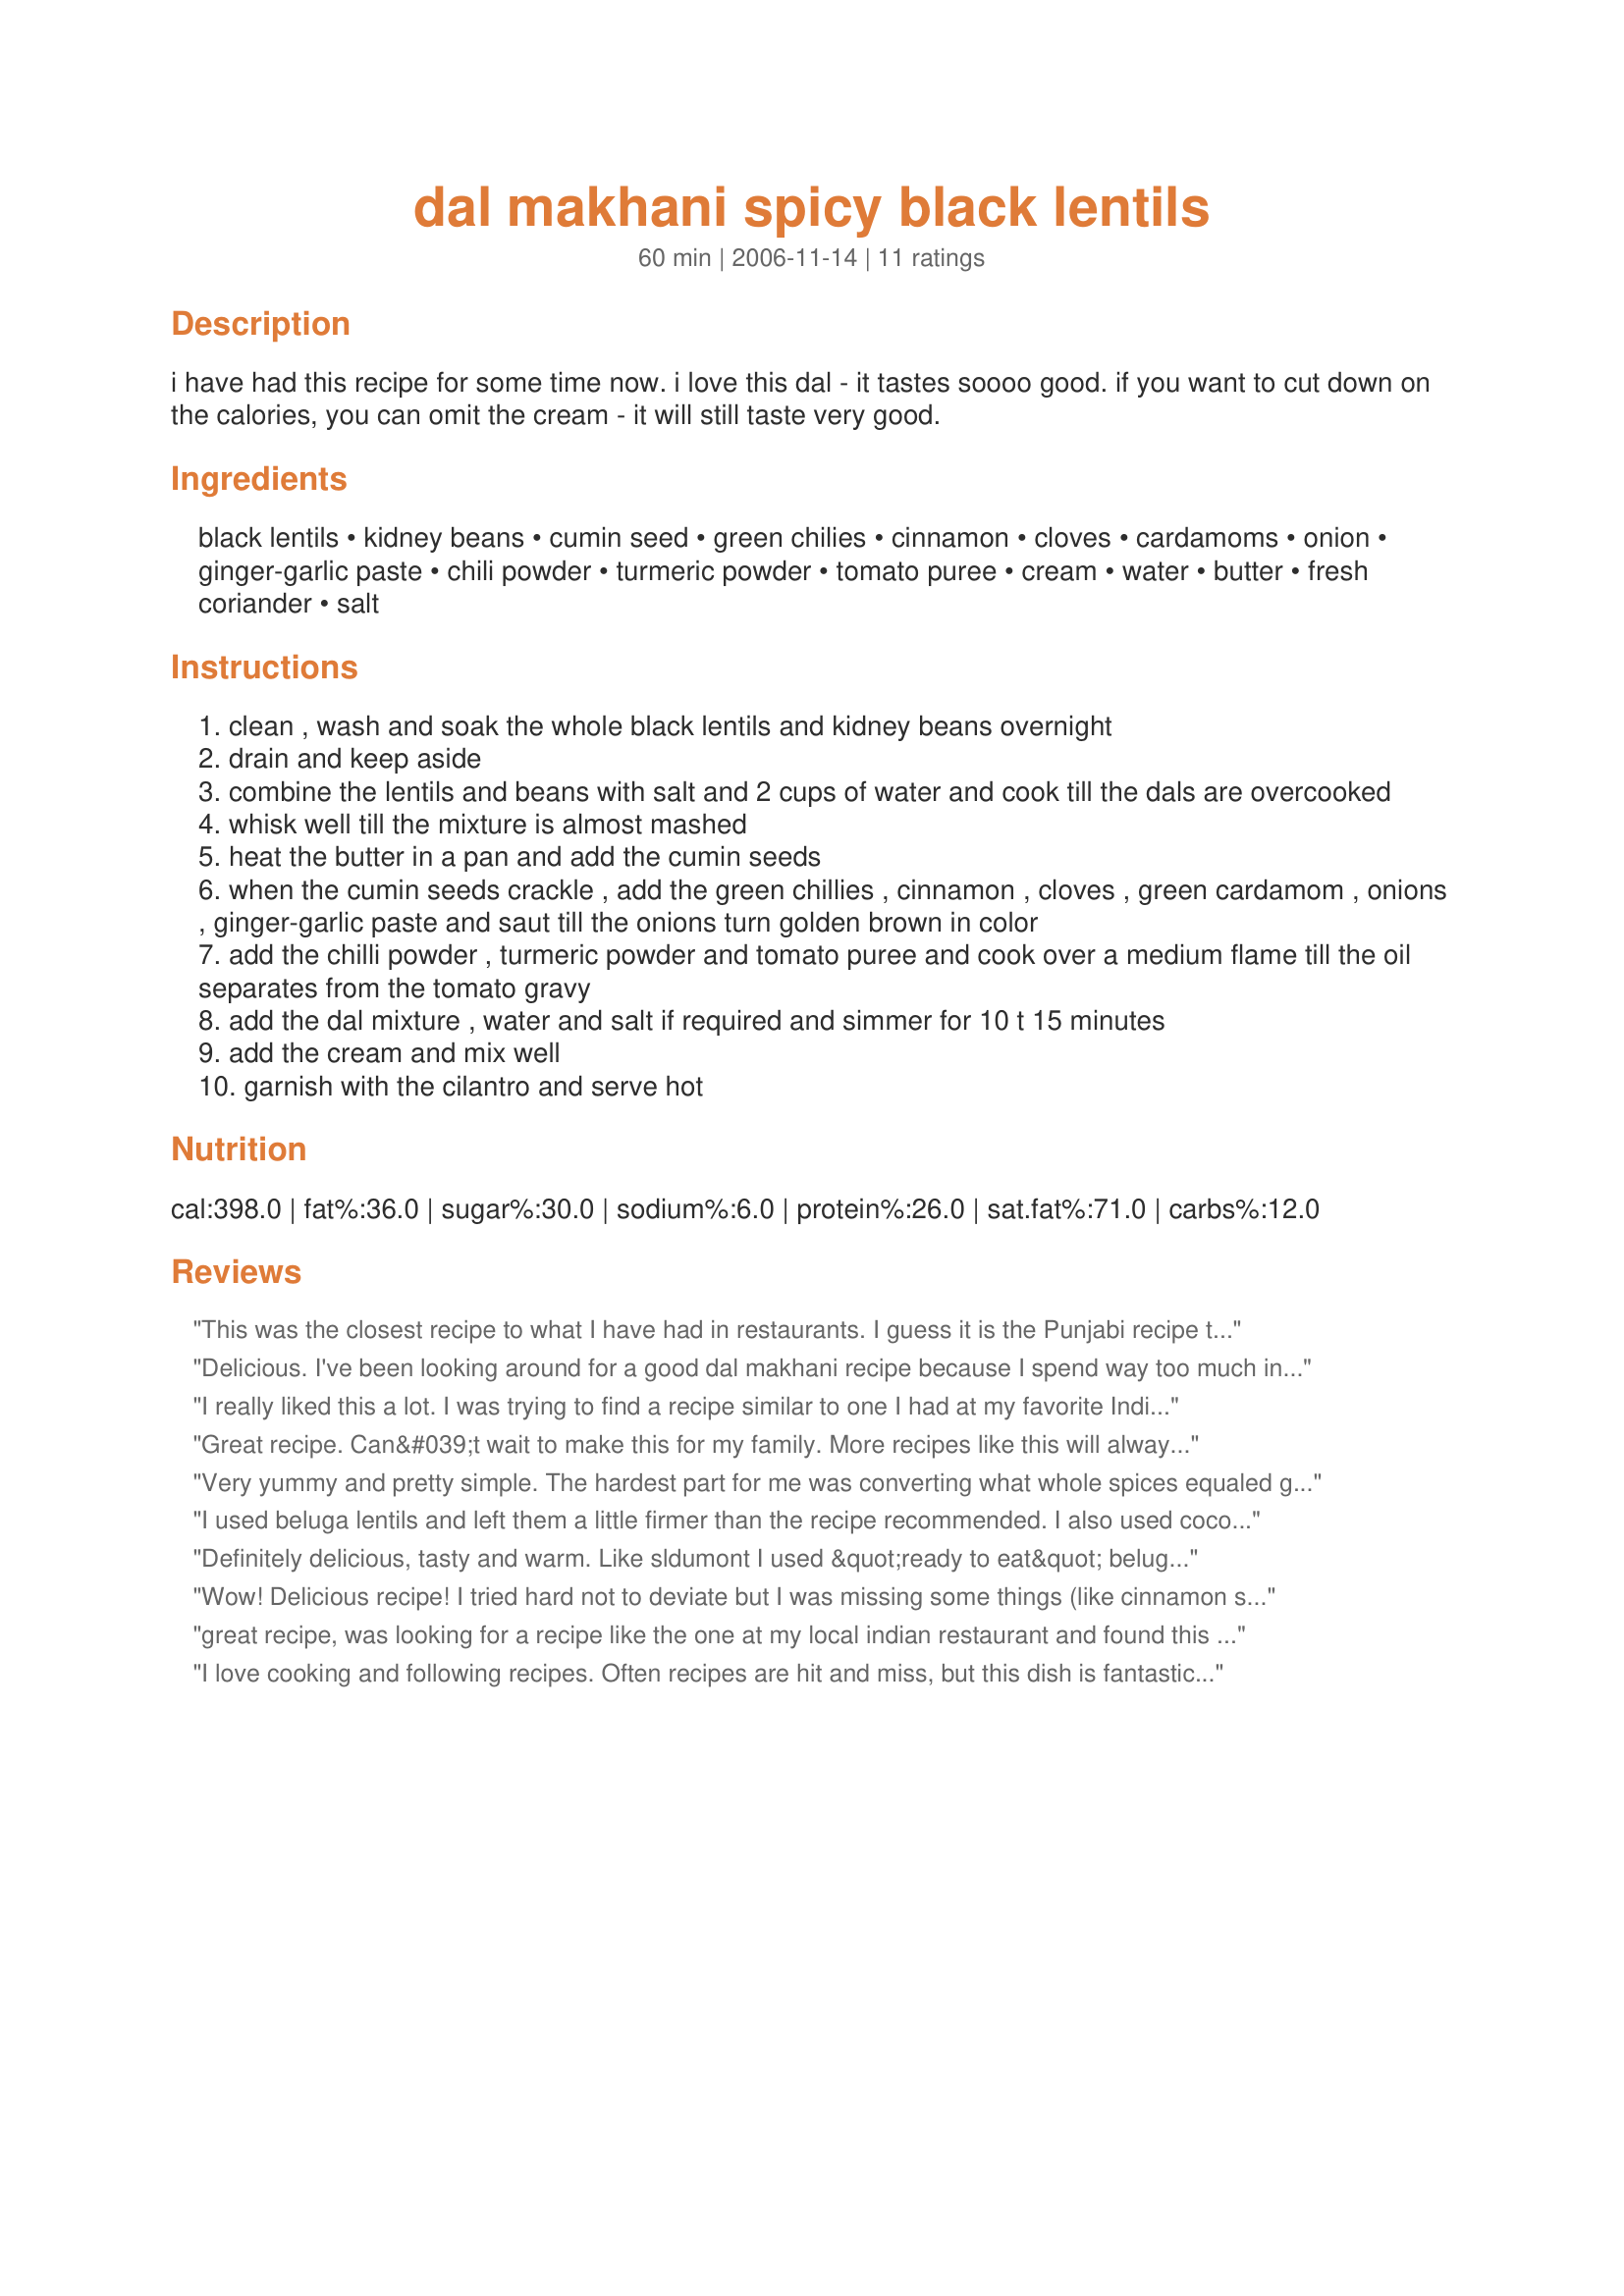
dal makhani spicy black lentils
Preparation time: 60 minutes

i have had this recipe for some time now. i love this dal - it tastes soooo good.
if you want to cut down on the calories, you can omit the cream - it will still taste very good.

Ingredients:
black lentils, kidney beans, cumin seed, green chilies, cinnamon, cloves, cardamoms, onion, ginger-garlic paste, chili powder, turmeric powder, tomato puree, cream, water, butter, fresh coriander, salt

Steps:
clean , wash and soak the whole black lentils and kidney beans overnight
drain and keep aside
combine the lentils and beans with salt and 2 cups of water and cook till the dals are overcooked
whisk well till the mixture is almost mashed
heat the butter in a pan and add the cumin seeds
when the cumin seeds crackle , add the green chillies , cinnamon , cloves , green cardamom , onions , ginger-garlic paste and saut till the onions turn golden brown in color
add the chilli powder , turmeric powder and tomato puree and cook over a medium flame till the oil separates from the tomato gravy
add the dal mixture , water and salt if required and simmer for 10 t 15 minutes
add the cream and mix well
garnish with the cilantro and serve hot

Reviews:
This was the closest recipe to what I have had in restaurants. I guess it is the Punjabi recipe that I like. Anyway, like other reviewers, I had to substitute ground for fresh, but it came out brilliantly! I can fully understand why this dish has become comfort food for some. Now one of my favourites! Thanks!
Delicious. I've been looking around for a good dal makhani recipe because I spend way too much in restaurants- I crave it all the time! I went with this recipe because of the review saying it's "just like in the restaurant-" it is! The packaging on my lentils told me to cook them for ten minutes, but that was definitely wrong because even after 30 minutes, my lentils were a lot firmer than they should have been. I also skipped the peppers since I didn't have any. However, the recipe turned out absolutely fantastic! Next time I'll cook the lentils longer to make sure the texture is right, but I'll definitely be making this many more times. Thank you for sharing!
I really liked this a lot. I was trying to find a recipe similar to one I had at my favorite Indian restaurant. This came daringly close. I used red lentils instead of black because that was all I had on hand. I also served it with some flatbread and mint chutney. Very yummy, thank you!!
Great recipe. Can&#039;t wait to make this for my family. More recipes like this will always be appreciated.
Very yummy and pretty simple. The hardest part for me was converting what whole spices equaled ground. I made a few changes based on what I had in my pantry. I used bell pepper and cayenne pepper instead of the green chilies. I used ground for all the spices except clove. I used extra onion. I also used 4 garlic cloves and an 1.5 in piece of ginger instead of the paste. I used tomato paste and water instead of puree. Milk instead of cream. And (by mistake) cilantro instead of coriander. It was awesome. We all had seconds and even my 1 year old loved it. The dog won't even get a taste.
I used beluga lentils and left them a little firmer than the recipe recommended. I also used coconut milk instead of cream and butter to make it a vegan dish. It was beautiful and delicious served with coconut rice! I can't wait to make it again.
Definitely delicious, tasty and warm. Like sldumont I used &quot;ready to eat&quot; beluga lentils, since &quot;black&quot; lentils are very difficult to find in the UK, and thus I skipped steps 1 and 2. Also our cumin seeds don&#039;t really &quot;crackle&quot; much, so I fried them for about 10 minutes and then gave up.&lt;br/&gt;&lt;br/&gt;It&#039;s not clear to me what kind of &quot;tomato puree&quot; the recipe is using, because for us that&#039;s the concentrated stuff in tubes, so I added a liberal squirt of that and plenty of water. I like sldumont&#039;s idea of using coconut milk for a vegan version, I&#039;ll have to try that.&lt;br/&gt;&lt;br/&gt;Inspired by a BBC recipe (http://www.bbc.co.uk/food/recipes/blackdal_89042) I added ground cumin and lemon juice (and also a little garam masala powder) when the onions were already brown, and it worked out even better!
Wow! Delicious recipe! I tried hard not to deviate but I was missing some things (like cinnamon sticks so used ground spice.) It still came out amazing. Thank you for sharing this.
great recipe, was looking for a recipe like the one at my local indian restaurant and found this to be just as good. I used french green lentils because I did not have the black urad lentils. Also I doubled the amount of kidney beans and omitted the cream.Definetly making this one again !
I love cooking and following recipes. Often recipes are hit and miss, but this dish is fantastic! So yummy and delicious. I used 3 tablespoons of ghee and made it super HOT by adding half a habanero pepper and 1/8 t. of cayenne pepper rather than chili powder. I probably won't make it as hot the next time around and will definitely make it again. Thank you for sharing!
This is very similar to how I make my dal makhani too. Only I might add more kidney beans and use less tomato as too much gives it a bit of an acidic taste. I like your recipes and look forward to trying out more. Do post more as well!
